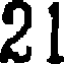
21